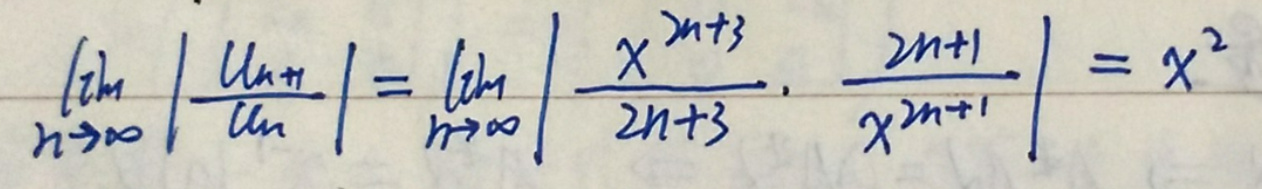
\[
\lim_{n \to \infty} \left|\frac{u_{n + 1}}{u_n}\right| = \lim_{n \to \infty} \left|\frac{x^{2n+3}}{2n + 3} \cdot \frac{2n+1}{x^{2n+1}}\right| = x^2
\]